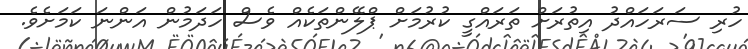
ހުރި ސަރަހައްދު އިތުރަށް ތަރައްގީ ކުރުމަށް ޕްލޭންތަކެއް ވެސް ހަދަމުން އަންނަ ކަމަށެވެ.